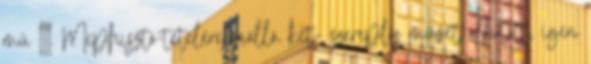
mű III. Mephisztó-tételére önálló, két- szereplős művet alkotott, igen